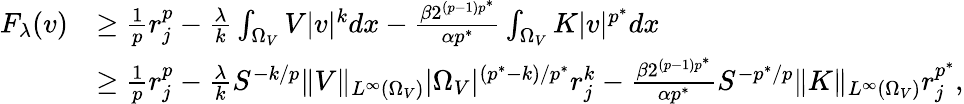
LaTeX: \begin{array}{rl}{F_{\lambda}(v)}&{\ge\frac{1}{p}r_{j}^{p}-\frac{\lambda}{k}\int_{\Omega_{V}}V|v|^{k}dx-\frac{\beta 2^{(p-1)p^{*}}}{\alpha p^{*}}\int_{\Omega_{V}}K|v|^{p^{*}}dx}\\ &{\ge\frac{1}{p}r_{j}^{p}-\frac{\lambda}{k}S^{-k/p}\| V\| _{L^{\infty}(\Omega_{V})}|\Omega_{V}|^{(p^{*}-k)/p^{*}}r_{j}^{k}-\frac{\beta 2^{(p-1)p^{*}}}{\alpha p^{*}}S^{-p^{*}/p}\| K\| _{L^{\infty}(\Omega_{V})}r_{j}^{p^{*}},}\end{array}